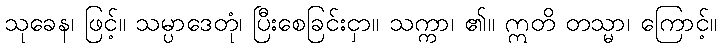
သုခေန၊ ဖြင့်။ သမ္ပာဒေတုံ၊ ပြီးစေခြင်းငှာ။ သက္ကာ၊ ၏။ ဣတိ တသ္မာ၊ ကြောင့်။